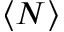
\langle N \rangle